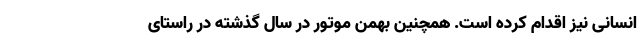
انسانی نیز اقدام کرده است. همچنین بهمن موتور در سال گذشته در راستای